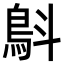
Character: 𩿚